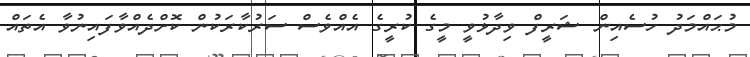
މުޙައްމަދު ހުސެއިން ޝަރީފް ވިދާޅުވީ މީގެ ކުރީގެ އެއްވެސް ސަރުކާރަކުން ކޮށްދެއްވާފައިނުވާ އެތައް